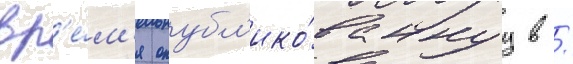
вр'е́м'я опубл'ико́ваннуу в /